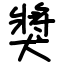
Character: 獎